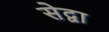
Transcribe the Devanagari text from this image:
सेद्वा